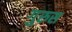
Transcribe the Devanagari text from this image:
गुरुस